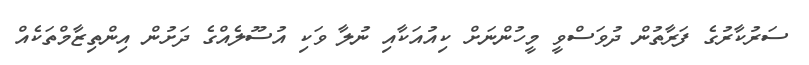
ސަރުކާރުގެ ފަރާތުން ދުވަސްވީ މީހުންނަށް ކިއުއަކާއި ނުލާ ވަކި އުސޫލެއްގެ ދަށުން އިންތިޒާމްތަކެއް